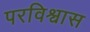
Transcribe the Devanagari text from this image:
परविश्वास